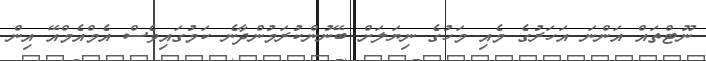
ނޫޓްތައް އަންނަ އަހަރުގެ މެއި މަހުގެ ނިޔަލަށް ބޭނުންކުރަމުންދާނެ ކަމުގައިވެސް އެމްއެމްއޭ އިން